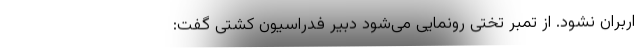
اربران نشود. از تمبر تختی رونمایی می‌شود دبیر فدراسیون کشتی گفت: